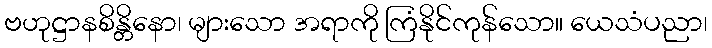
ဗဟုဋ္ဌာနစိန္တိနော၊ များသော အရာကို ကြံနိုင်ကုန်သော။ ယေသံပညာ၊